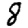
Digit: 8